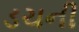
ડચની